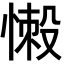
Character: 𢞸